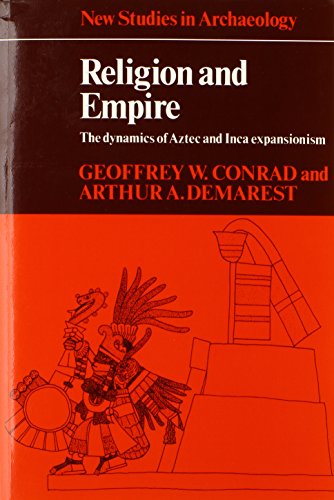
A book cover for Religion and Empire: The Dynamics of Aztec and Inca Expansionism (New Studies in Archaeology); Geoffrey W. Conrad; History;